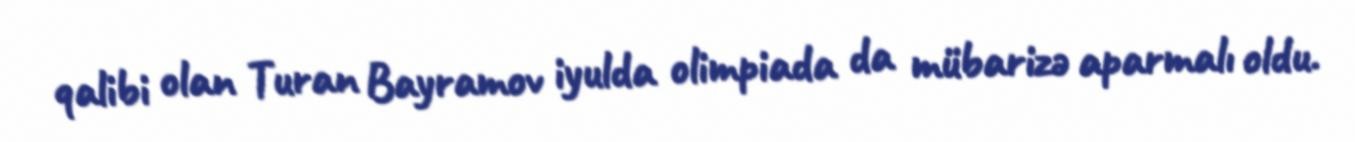
qalibi olan Turan Bayramov iyulda olimpiada da mübarizə aparmalı oldu.